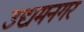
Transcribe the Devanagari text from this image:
उद्यमनगर